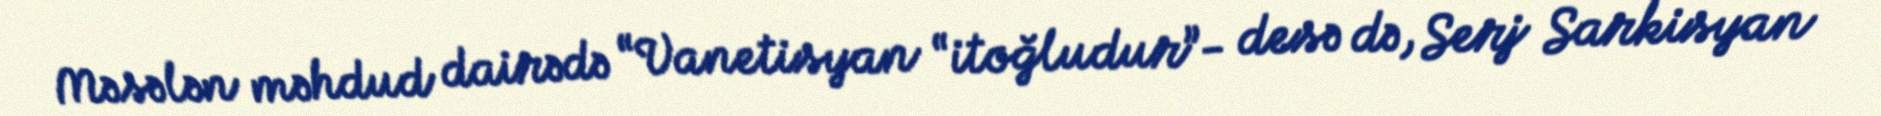
Məsələn məhdud dairədə “Vanetisyan “itoğludur”- desə də, Serj Sarkisyan